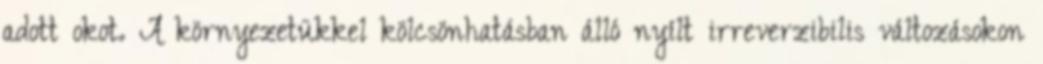
adott okot. A környezetükkel kölcsönhatásban álló nyílt irreverzibilis változásokon